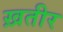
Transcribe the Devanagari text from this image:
ख़तीर